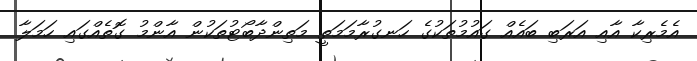
އެމެރިކާ އާއި އަރަބި ބައެއް ގައުމުތަކުގެ ހަނގުރާމަމަތީ މަތިންދާބޯޓުތަކުން އާންމު ގޮތެއްގައި ހަމަލާ